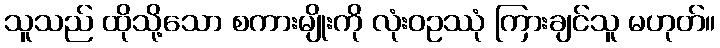
သူသည် ထိုသို့သော စကားမျိုးကို လုံးဝဥဿုံ ကြားချင်သူ မဟုတ်။